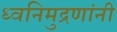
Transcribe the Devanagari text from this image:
ध्वनिमुद्रणांनी